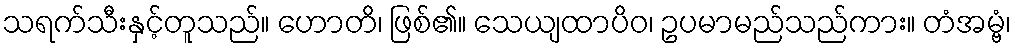
သရက်သီးနှင့်တူသည်။ ဟောတိ၊ ဖြစ်၏။ သေယျထာပိဝ၊ ဥပမာမည်သည်ကား။ တံအမ္ဗံ၊